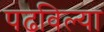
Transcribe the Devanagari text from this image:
पढविल्या